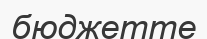
бюджетте